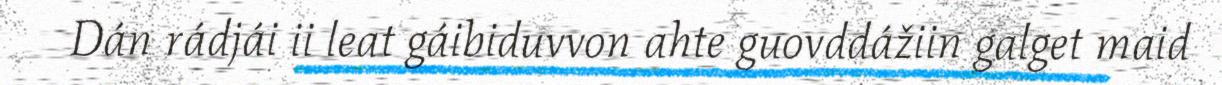
Dán rádjái ii leat gáibiduvvon ahte guovddážiin galget maid